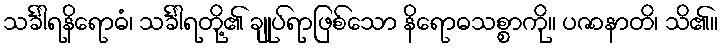
သင်္ခါရနိရောဓံ၊ သင်္ခါရတို့၏ ချုပ်ရာဖြစ်သော နိရောဓသစ္စာကို။ ပဇာနာတိ၊ သိ၏။